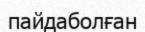
пайдаболған